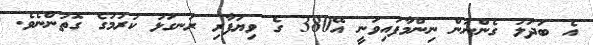
އެ ބަދަލު ގެންނަން ނިންމާފައިވަނީ އޭ380 ގެ ވިޔަފާރި ރަނގަޅު ކުރުމުގެ ގޮތުންނެވެ.